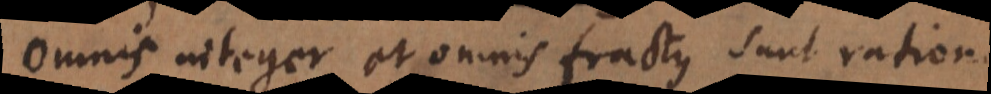
Omnis integer et omnis fractus sunt rationales.